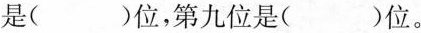
是()位，第九位是()位。